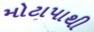
મોટાપાથી